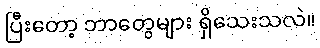
ပြီးတော့ ဘာတွေများ ရှိသေးသလဲ။